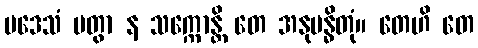
ပဒေသံ ပတွာ န သက္ကောန္တိ တေ အနုဗန္ဓိတုံ။ တေဟိ တေ